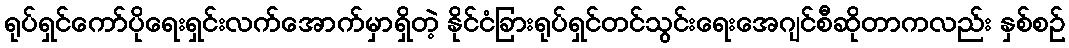
ရုပ်ရှင်ကော်ပိုရေးရှင်းလက်အောက်မှာရှိတဲ့ နိုင်ငံခြားရုပ်ရှင်တင်သွင်းရေးအေဂျင်စီဆိုတာကလည်း နှစ်စဉ်